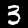
Label: 3